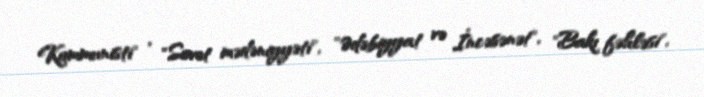
Kommunisti" , "Sovet mədəniyyəti", "Ədəbiyyat və İncəsənət", "Bakı fəhləsi",